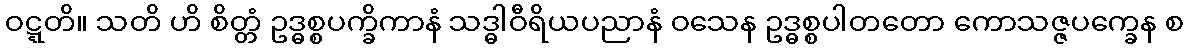
ဝဋ္ဋတိ။ သတိ ဟိ စိတ္တံ ဥဒ္ဓစ္စပက္ခိကာနံ သဒ္ဓါဝီရိယပညာနံ ဝသေန ဥဒ္ဓစ္စပါတတော ကောသဇ္ဇပက္ခေန စ